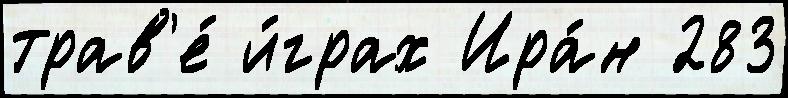
трав'е́ и́грах Ира́н 283